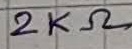
Text: 2KΩ